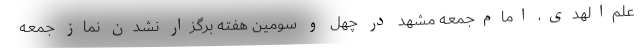
علم‌الهدی، امام‌جمعه مشهد در چهل و سومین هفته برگزار نشدن نماز جمعه